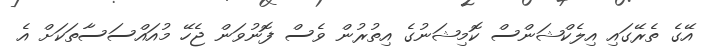
އޭގެ ތެރޭގައި އިލެކްޝަންސް ކޮމިޝަނުގެ އިތުރުން ވެސް ފޮނުވަން ޖެހޭ މުއައްސަސާތަކަށް އެ